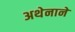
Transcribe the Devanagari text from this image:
अथेनाने